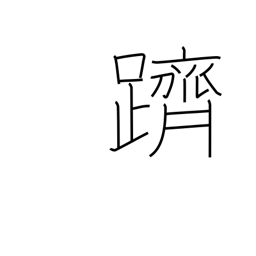
Meaning: climb